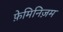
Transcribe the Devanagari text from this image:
फ़ेमिनिज़म